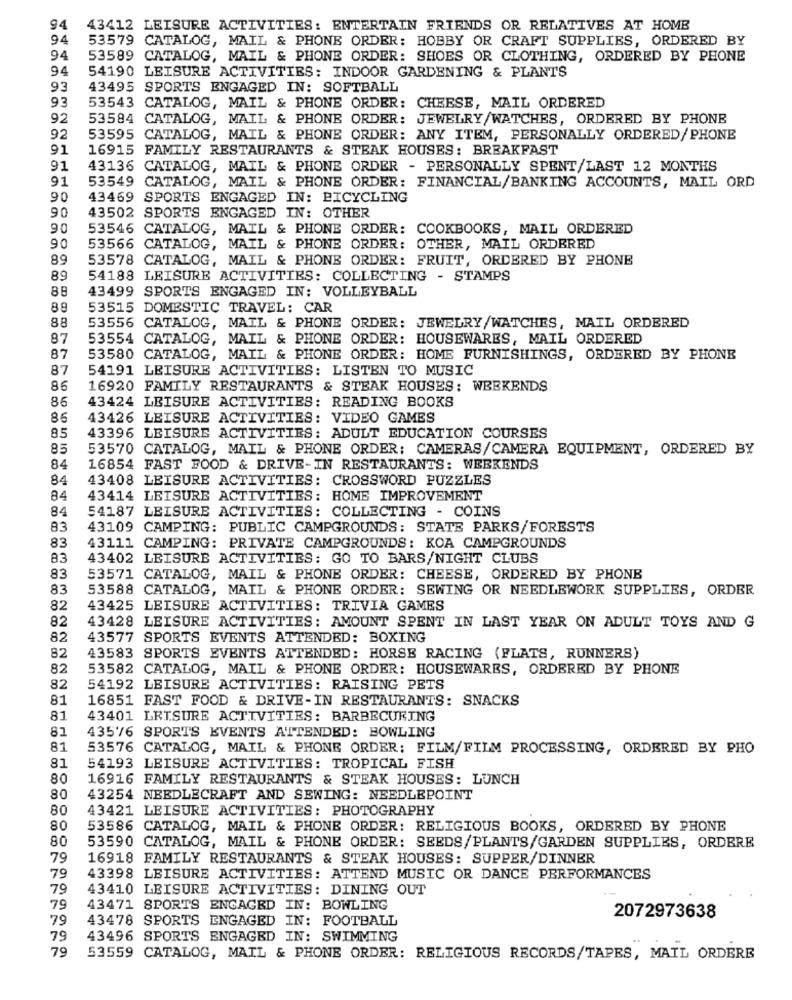
94
43412 LEISURE ACTIVITIES: ENTERTAIN FRIENDS OR RELATIVES AT HOME
94
53579 CATALOG, MAIL & PHONE ORDER: HOBBY OR CRAFT SUPPLIES, ORDERED BY
94
53589 CATALOG, MAIL & PHONE ORDER: SHOES OR CLOTHING, ORDERED BY PHONE
94
54190 LEISURE ACTIVITIES: INDOOR GARDENING & PLANTS
93
43495 SPORTS ENGAGED IN: SOFTBALL
93
53543 CATALOG, MAIL & PHONE ORDER: CHEESE, MAIL ORDERED
92
53584 CATALOG, MAIL & PHONE ORDER: JEWELRY/WATCHES, ORDERED BY PHONE
92
53595 CATALOG, MAIL & PHONE ORDER: ANY ITEM, PERSONALLY ORDERED/PHONE
91
16915 FAMILY RESTAURANTS & STEAK HOUSES: BREAKFAST
91
43136 CATALOG, MAIL & PHONE ORDER - PERSONALLY SPENT/LAST 12 MONTHS
91
53549 CATALOG, MAIL & PHONE ORDER: FINANCIAL/BANKING ACCOUNTS, MAIL ORD
90
43469 SPORTS ENGAGED IN: BICYCLING
90
43502 SPORTS ENGAGED IN: OTHER
90
53546 CATALOG, MAIL & PHONE ORDER: COOKBOOKS, MAIL ORDERED
90
53566 CATALOG, MAIL & PHONE ORDER: OTHER, MAIL ORDERED
89
53578 CATALOG, MAIL & PHONE ORDER: FRUIT, ORDERED BY PHONE
89
54188 LEISURE ACTIVITIES: COLLECTING - STAMPS
88
43499 SPORTS ENGAGED IN: VOLLEYBALL
89
53515 DOMESTIC TRAVEL: CAR
88
53556 CATALOG, MAIL & PHONE ORDER: JEWELRY/WATCHES, MAIL ORDERED
87
53554 CATALOG, MAIL & PHONE ORDER: HOUSEWARES, MAIL ORDERED
87
53580 CATALOG, MAIL & PHONE ORDER: HOME FURNISHINGS, ORDERED BY PHONE
87
54191 LEISURE ACTIVITIES: LISTEN TO MUSIC
86
16920 FAMILY RESTAURANTS & STEAK HOUSES: WEEKENDS
86
43424 LEISURE ACTIVITIES: READING BOOKS
85
43426 LEISURE ACTIVITIES: VIDEO GAMES
85
43396 LEISURE ACTIVITIES: ADULT EDUCATION COURSES
85
53570 CATALOG, MAIL & PHONE ORDER: CAMERAS/CAMERA EQUIPMENT, ORDERED BY
84
16854 FAST FOOD & DRIVE-IN RESTAURANTS: WEEKENDS
84
43408 LEISURE ACTIVITIES: CROSSWORD PUZZLES
84
43414 LEISURE ACTIVITIES: HOME IMPROVEMENT
84
54187 LEISURE ACTIVITIES: COLLECTING - COINS
83
43109 CAMPING: PUBLIC CAMPGROUNDS: STATE PARKS/FORESTS
83
43111 CAMPING: PRIVATE CAMPGROUNDS: KOA CAMPGROUNDS
83
43402 LEISURE ACTIVITIES: GO TO BARS/NIGHT CLUBS
83
53571 CATALOG, MAIL & PHONE ORDER: CHEESE, ORDERED BY PHONE
83
53588 CATALOG, MAIL & PHONE ORDER: SEWING OR NEEDLEWORK SUPPLIES, ORDER
82
43425 LEISURE ACTIVITIES: TRIVIA GAMES
82
43428 LEISURE ACTIVITIES: AMOUNT SPENT IN LAST YEAR ON ADULT TOYS AND G
82
43577 SPORTS EVENTS ATTENDED: BOXING
82
43583 SPORTS EVENTS ATTENDED: HORSE RACING (FLATS, RUNNERS)
82
53582 CATALOG, MAIL & PHONE ORDER: HOUSEWARES, ORDERED BY PHONE
82
54192 LEISURE ACTIVITIES: RAISING PETS
81
16851 FAST FOOD & DRIVE-IN RESTAURANTS: SNACKS
81
43401 LEISURE ACTIVITIES: BARBECURING
81
43576 SPORTS EVENTS ATTENDED: BOWLING
81
53576 CATALOG, MAIL & PHONE ORDER: FILM/FILM PROCESSING, ORDERED BY PHO
81
54193 LEISURE ACTIVITIES: TROPICAL FISH
80
16916 FAMILY RESTAURANTS & STEAK HOUSES: LUNCH
80
43254 NEEDLECRAFT AND SEWING: NEEDLEPOINT
80
43421 LEISURE ACTIVITIES: PHOTOGRAPHY
80
53586 CATALOG, MAIL & PHONE ORDER: RELIGIOUS BOOKS, ORDERED BY PHONE
80
53590 CATALOG, MAIL & PHONE ORDER: SEEDS/PLANTS/GARDEN SUPPLIES, ORDERE
79
16918 FAMILY RESTAURANTS & STEAK HOUSES: SUPPER/DINNER
79
43398 LEISURE ACTIVITIES: ATTEND MUSIC OR DANCE PERFORMANCES
79
43410
LEISURE ACTIVITIES: DINING OUT
79
43471 SPORTS ENGAGED IN: BOWLING
79
43478 SPORTS ENGAGED IN: FOOTBALL
2072973638
79
43496 SPORTS ENGAGED IN: SWIMMING
79
53559 CATALOG, MAIL & PHONE ORDER: RELIGIOUS RECORDS/TAPES, MAIL ORDERE